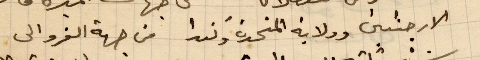
الارجنتين وولاية المتحدة وكندا من جهة الفرو الى